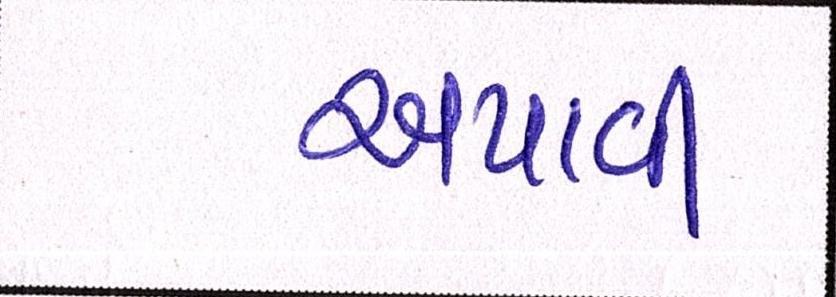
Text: અપાવી